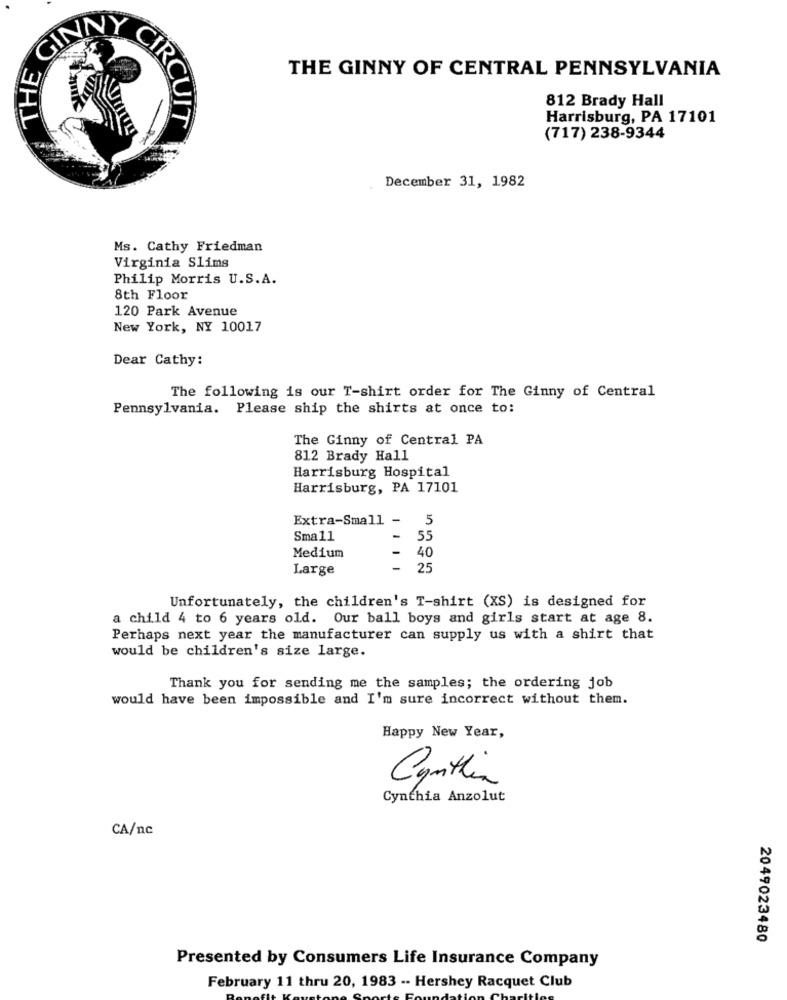
THE
THE GINNY OF CENTRAL PENNSYLVANIA
812 Brady Hall
CIRCUI
Harrisburg, PA 17101
(717) 238-9344
December 31, 1982
Ms. Cathy Friedman
Virginia Slims
Philip Morris U.S.A.
8th Floor
120 Park Avenue
New York, NY 10017
Dear Cathy:
The following is our T-shirt order for The Ginny of Central
Pennsylvania. Please ship the shirts at once to:
The Ginny of Central PA
812 Brady Hall
Harrisburg Hospital
Harrisburg, PA 17101
Extra-Small
-
5
Small
-
55
Medium
40
Large
-
25
Unfortunately, the children's T-shirt (XS) is designed for
a child 4 to 6 years old. Our ball boys and girls start at age 8.
Perhaps next year the manufacturer can supply us with a shirt that
would be children's size large.
Thank you for sending me the samples; the ordering job
would have been impossible and I'm sure incorrect without them.
Happy New Year,
Cynthia
Cynthia Anzolut
CA/nc
2049023480
Presented by Consumers Life Insurance Company
February 11 thru 20, 1983 -- Hershey Racquet Club